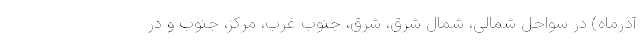
آذرماه) در سواحل شمالی، شمال شرق، شرق، جنوب غرب، مرکز، جنوب و در